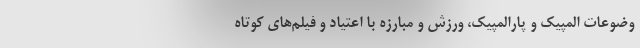
وضوعات المپیک و پارالمپیک، ورزش و مبارزه با اعتیاد و فیلم‌های كوتاه